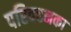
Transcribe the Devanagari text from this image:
परिवहनका